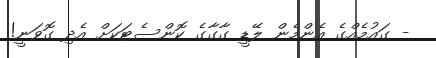
- ގައުމެއްގެ އެންމެން ލޭޑީ ގާގާގެ ކޮންސެޓަކަށް އެދި ގޮވަނީ!